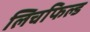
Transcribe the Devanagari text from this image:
लिचफिल्ड